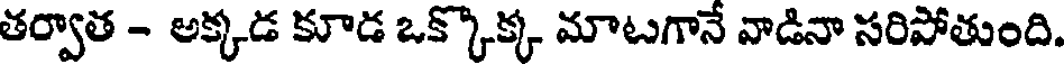
తర్వాత - అక్కడ కూడ ఒక్కొక్క మాటగానే వాడినా సరిపోతుంది.